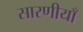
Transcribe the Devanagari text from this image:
सारणीयाँ